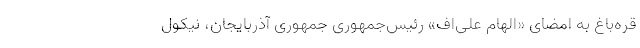
قره‌باغ به امضای «الهام علی‌اف» رئیس‌جمهوری جمهوری آذربایجان، نیکول